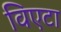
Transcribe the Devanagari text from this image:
विएटा